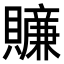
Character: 𧸜